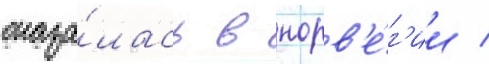
оказа́лась в норв'е́г'ии /